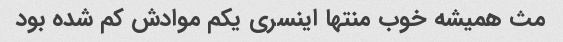
مث همیشه خوب منتها اینسری یکم موادش کم شده بود